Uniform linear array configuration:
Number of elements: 12
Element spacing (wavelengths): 0.5
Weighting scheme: kaiser
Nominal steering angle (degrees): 15
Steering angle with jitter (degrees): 16.64
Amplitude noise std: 0.05
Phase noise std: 0.05

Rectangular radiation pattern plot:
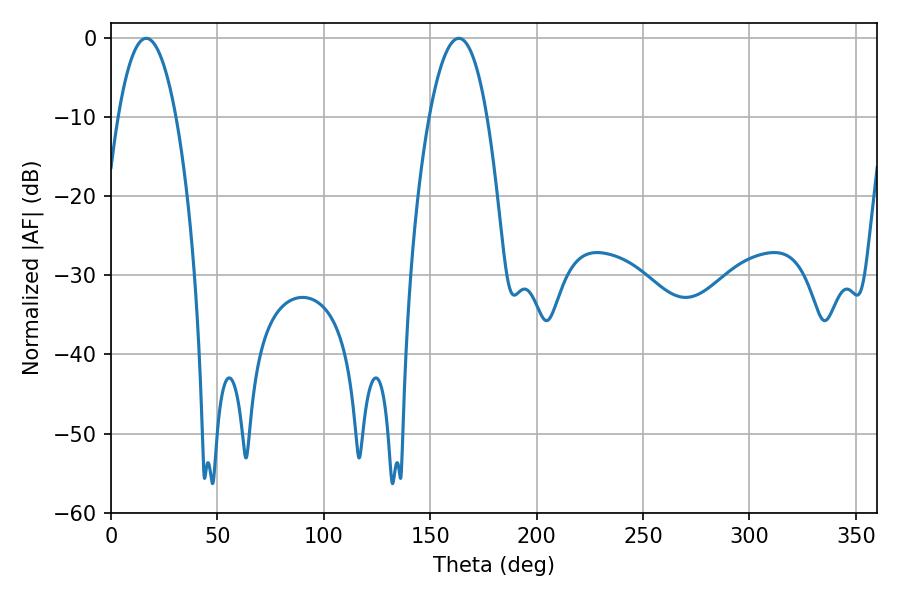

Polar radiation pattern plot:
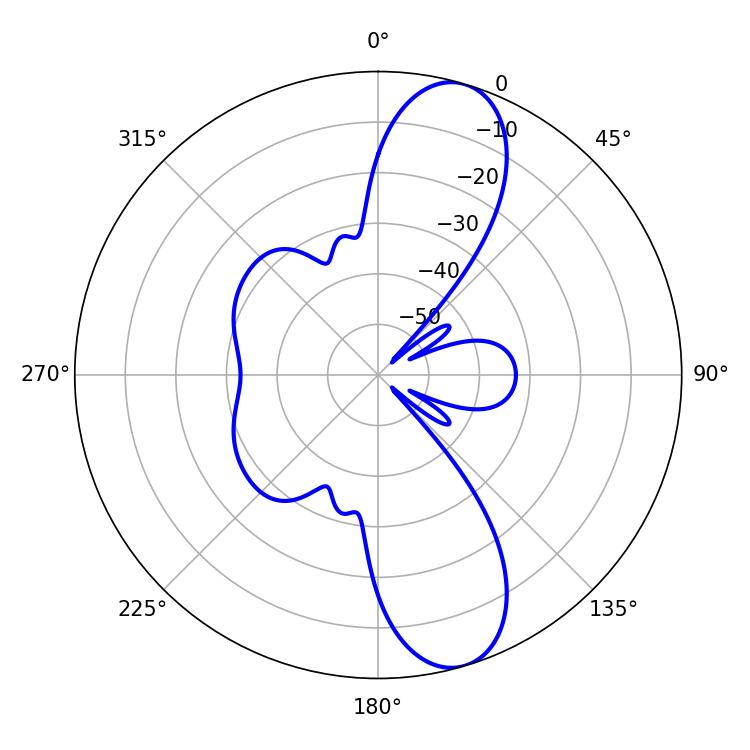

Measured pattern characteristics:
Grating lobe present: FALSE
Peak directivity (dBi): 10.998
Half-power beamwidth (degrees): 15.12
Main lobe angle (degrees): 16.56